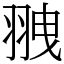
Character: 䎈